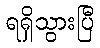
ရရှိသွားပြီ